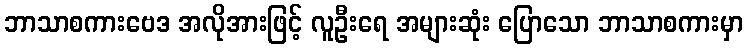
ဘာသာစကားဗေဒ အလိုအားဖြင့် လူဦးရေ အများဆုံး ပြောသော ဘာသာစကားမှာ